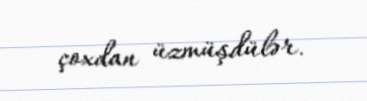
çoxdan üzmüşdülər.